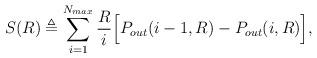
LaTeX: \begin{align*}S(R) \triangleq \sum_{i=1}^{N_{max}} \frac{R}{i} \Big[ P_{out}(i-1, R) - P_{out}(i, R) \Big],\end{align*}